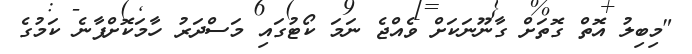
"މިބިލު އޮތް ގޮތަށް ގާނޫނަކަށް ވެއްޖެ ނަމަ ކޯޓުގައި މަސްދަރު ހާމަކޮށްފާނެ ކަމުގެ